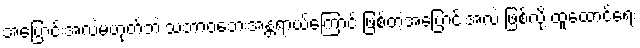
အပြောင်းအလဲမဟုတ်ဘဲ သဘာဝဘေးအန္တရာယ်ကြောင့် ဖြစ်တဲ့အပြောင်းအလဲ ဖြစ်လို့ ထူထောင်ရေး